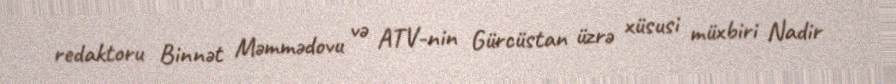
redaktoru Binnət Məmmədovu və ATV-nin Gürcüstan üzrə xüsusi müxbiri Nadir